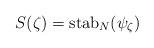
LaTeX: \begin{align*}S(\zeta) = \mathrm{stab}_N(\psi_\zeta)\end{align*}